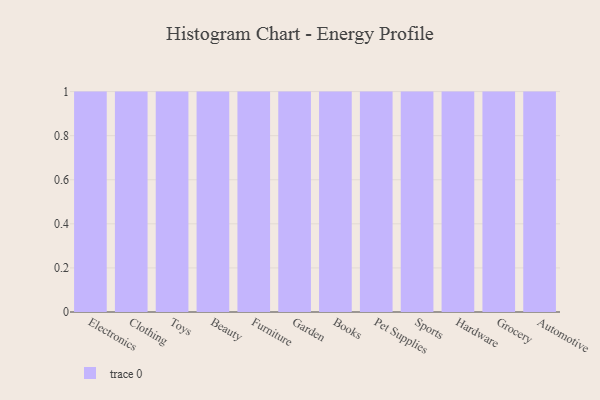
{"axis": {"x": "Category", "y": "Shipments"}, "legend": [""], "data": [{"x": "Electronics", "y": 48, "type": ""}, {"x": "Clothing", "y": 39, "type": ""}, {"x": "Toys", "y": 3, "type": ""}, {"x": "Beauty", "y": 53, "type": ""}, {"x": "Furniture", "y": 33, "type": ""}, {"x": "Garden", "y": 7, "type": ""}, {"x": "Books", "y": 93, "type": ""}, {"x": "Pet Supplies", "y": 46, "type": ""}, {"x": "Sports", "y": 29, "type": ""}, {"x": "Hardware", "y": 5, "type": ""}, {"x": "Grocery", "y": 85, "type": ""}, {"x": "Automotive", "y": 69, "type": ""}]}